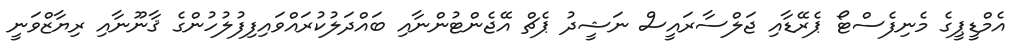
އެމްޑީޕީގެ މެނިފެސްޓޯ ޕެރޭޑާއި ޖަލްސާރައީސް ނަޝީދު ޕެޗް އޭޖެންޓުންނާއި ބައްދަލުކުރައްވައިފިފުލުހުންގެ ޤާނޫނާއި ރިޔާޒްވަނީ